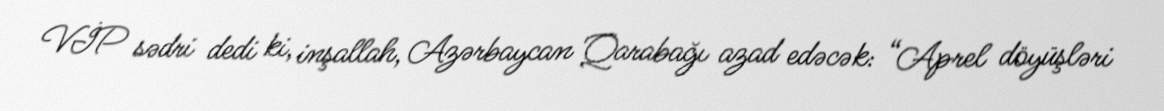
VİP sədri dedi ki, inşallah, Azərbaycan Qarabağı azad edəcək: “Aprel döyüşləri